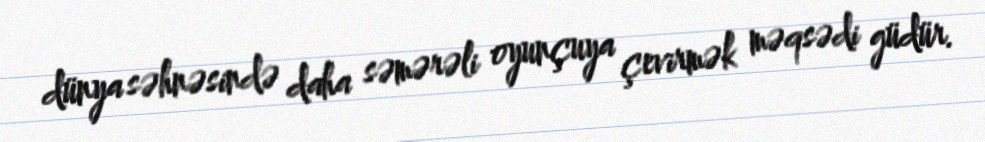
dünya səhnəsində daha səmərəli oyunçuya çevirmək məqsədi güdür.